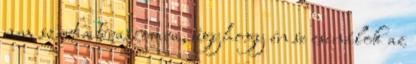
nem szart a teraszomra, úgyhogy én se csinálok az